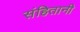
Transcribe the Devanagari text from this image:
संहितानी